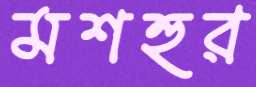
মশহুর